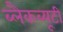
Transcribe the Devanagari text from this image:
ब्लैकब्यूटी